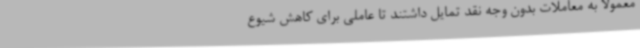
معمولا به معاملات بدون وجه نقد تمایل داشتند تا عاملی برای کاهش شیوع